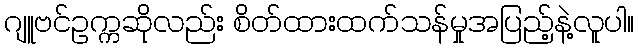
ဂျူဗင်ဥက္ကဆိုလည်း စိတ်ထားထက်သန်မှုအပြည့်နဲ့လူပါ။